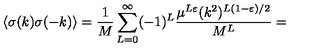
\langle \sigma ( k ) \sigma ( - k ) \rangle = \frac { 1 } { M } \sum _ { L = 0 } ^ { \infty } ( - 1 ) ^ { L } \frac { \mu ^ { L \varepsilon } ( k ^ { 2 } ) ^ { L ( 1 - \varepsilon ) / 2 } } { M ^ { L } } =